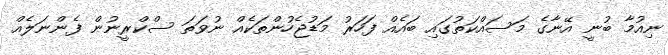
ނިއުމާ ބުނީ އޭނާގެ މަސައްކަތުގައި ބައެއް ފަހަރު މަޑުޖެހުންތަކެއް ނުވަތަ ސްކްރީނުން ފެންނަލެއް